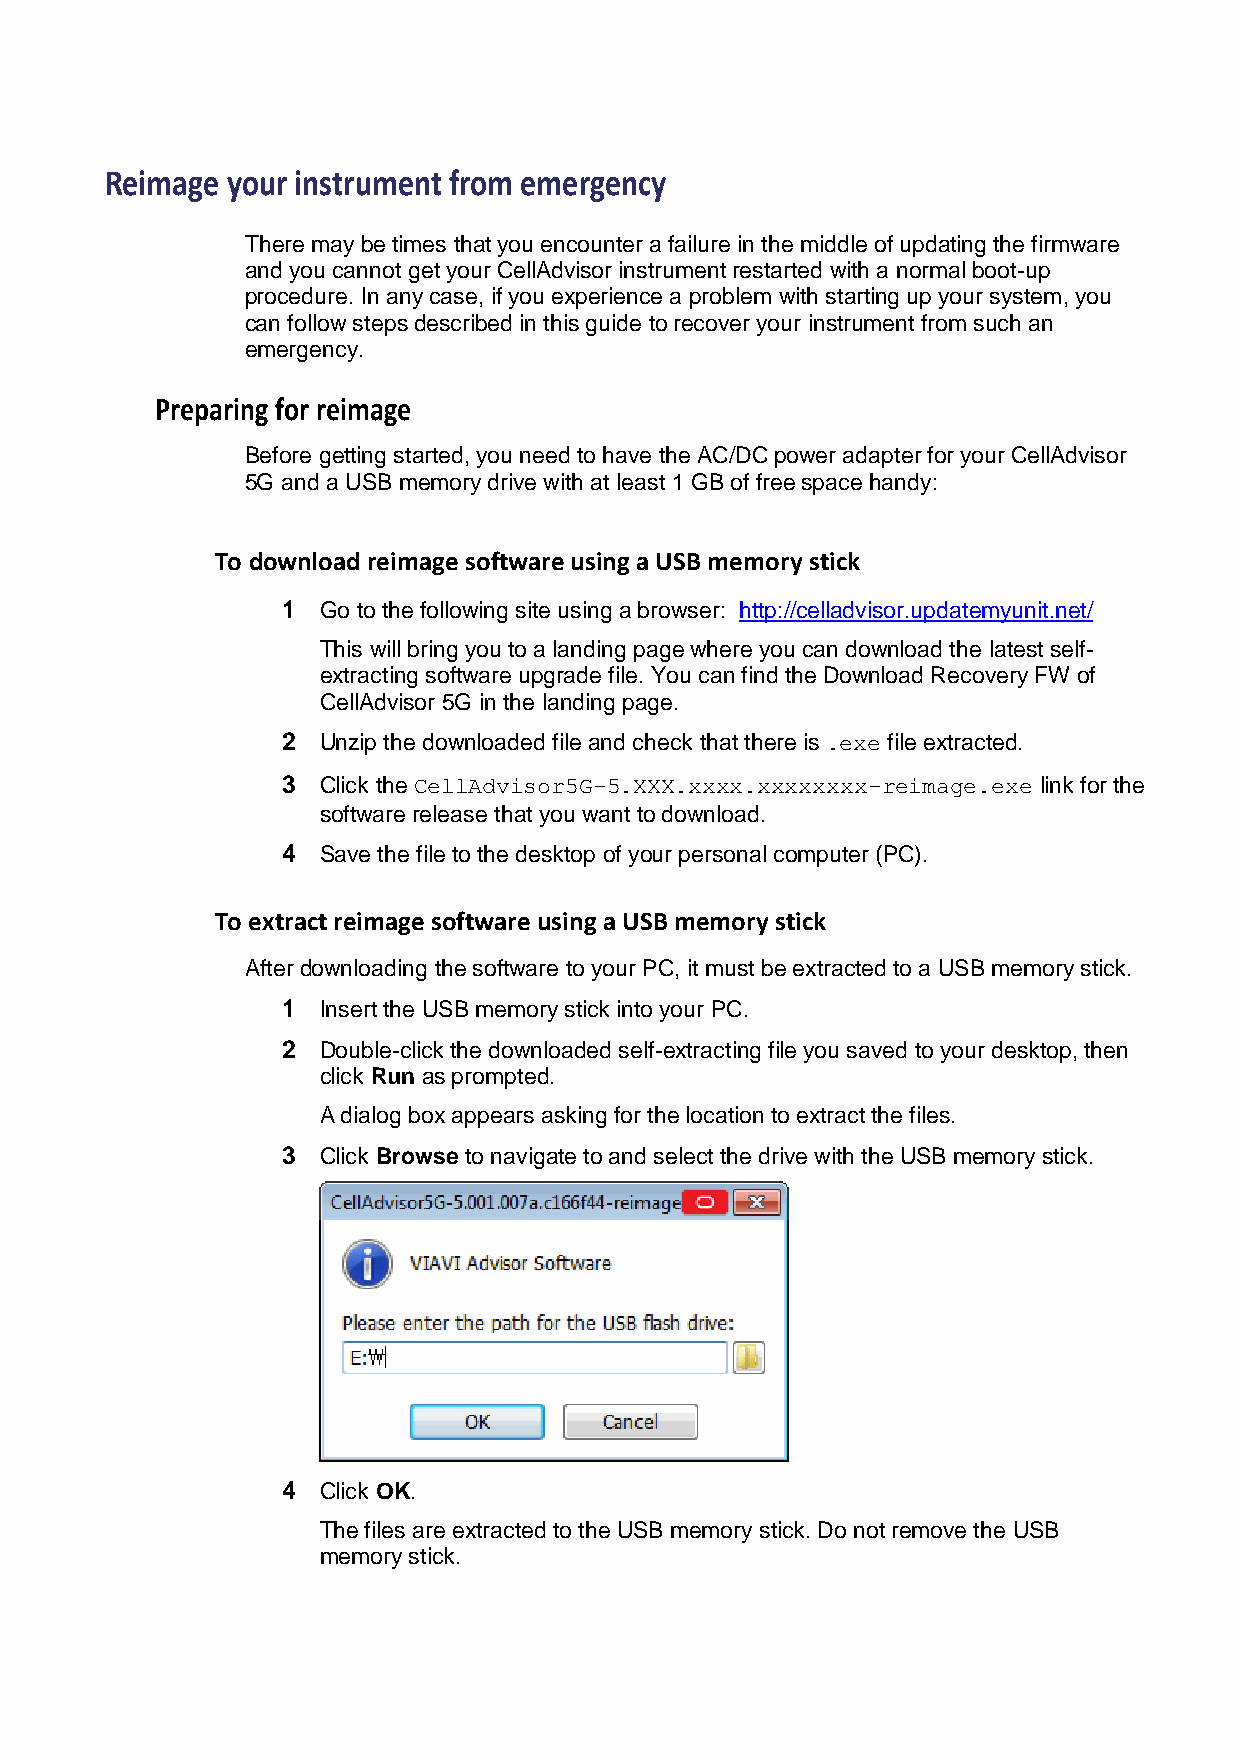
Reimage your instrument from emergency
 There may be times that you encounter a failure in the middle of updating the firmware
 and you cannot get your CellAdvisor instrument restarted with a normal boot-up
 procedure. In any case, if you experience a problem with starting up your system, you
 can follow steps described in this guide to recover your instrument from such an
 emergency.
 Preparing for reimage
 Before getting started, you need to have the AC/DC power adapter for your CellAdvisor
 5G and a USB memory drive with at least 1 GB of free space handy:
 To download reimage software using a USB memory stick
 1 Go to the following site using a browser: http://celladvisor.updatemyunit.net/
 This will bring you to a landing page where you can download the latest self-
 extracting software upgrade file. You can find the Download Recovery FW of
 CellAdvisor 5G in the landing page.
 2 Unzip the downloaded file and check that there is .exe file extracted.
 3 Click the CellAdvisor5G-5.XXX.xxxx.xxxxxxxx-reimage.exe link for the
 software release that you want to download.
 4 Save the file to the desktop of your personal computer (PC).
 To extract reimage software using a USB memory stick
 After downloading the software to your PC, it must be extracted to a USB memory stick.
 1 Insert the USB memory stick into your PC.
 2 Double-click the downloaded self-extracting file you saved to your desktop, then
 click Run as prompted.
 A dialog box appears asking for the location to extract the files.
 3 Click Browse to navigate to and select the drive with the USB memory stick.
 4 Click OK.
 The files are extracted to the USB memory stick. Do not remove the USB
 memory stick.